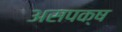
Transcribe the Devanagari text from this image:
असपक्ष